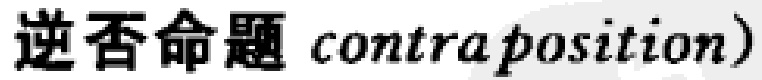
逆否命题 contraposition）